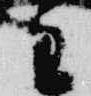
主